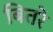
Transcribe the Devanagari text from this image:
बितरे